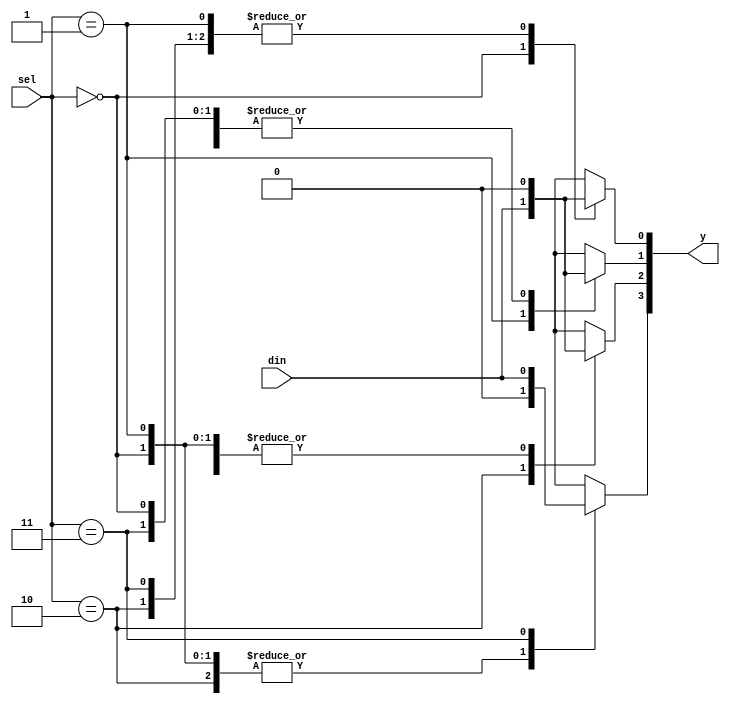
module demux_1_4(input din, input [1:0]sel, output reg [3:0]y);

//Gate level modelling

/*
assign y[0]=~sel[1]&~sel[0]&din;
assign y[1]=~sel[1]&sel[0]&din;
assign y[2]= sel[1]&~sel[0]&din;
assign y[3]= sel[1]& sel[0]&din;
*/

// Behavioural modelling - using if statement

/*
always @(*) 
begin
if(sel == 2'b00)
begin
y[0]=din;
y[1]=1'b0;
y[2]=1'b0;
y[3]=1'b0;
end

if(sel == 2'b01)
begin
y[0]=1'b0;
y[1]=din;
y[2]=1'b0;
y[3]=1'b0;
end

if(sel == 2'b10)
begin
y[0]=1'b0;
y[1]=1'b0;
y[2]=din;
y[3]=1'b0;
end

if(sel == 2'b11)
begin
y[0]=1'b0;
y[1]=1'b0;
y[2]=1'b0;
y[3]=din;
end

end
*/

// Behavioural modelling - case statement

always @(*)
begin
case(sel)
2'b00:begin
	y[0]=din;
	y[1]=1'b0;
	y[2]=1'b0;
	y[3]=1'b0;
	end

2'b01:begin
	y[0]=1'b0;
	y[1]=din;
	y[2]=1'b0;
	y[3]=1'b0;
	end

2'b10:begin
	y[0]=1'b0;
	y[1]=1'b0;
	y[2]=din;
	y[3]=1'b0;
	end

2'b11:begin
	y[0]=1'b0;
	y[1]=1'b0;
	y[2]=1'b0;
	y[3]=din;
	end
endcase

end

endmodule